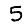
Digit: 5